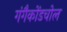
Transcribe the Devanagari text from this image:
गंगैकोंडचोल